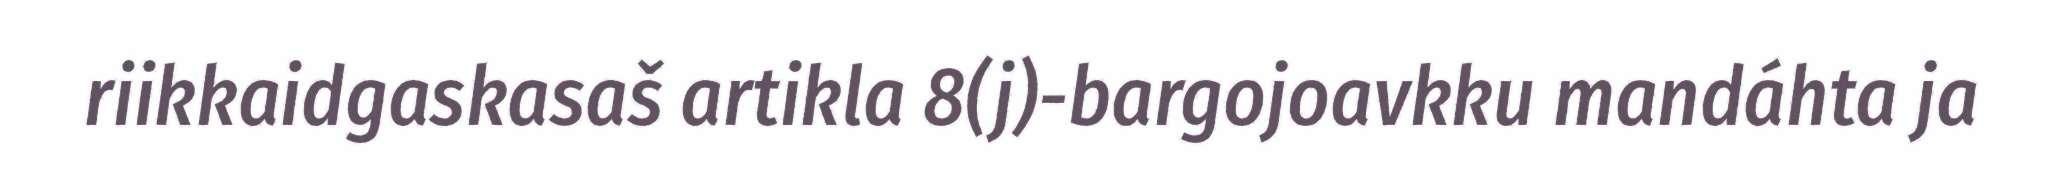
riikkaidgaskasaš artikla 8(j)-bargojoavkku mandáhta ja